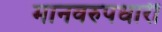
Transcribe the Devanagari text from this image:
मानवरुपधारी